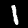
Label: 1